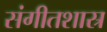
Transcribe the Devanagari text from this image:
संगीतशास्र